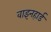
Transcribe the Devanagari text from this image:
वाइनहार्ड